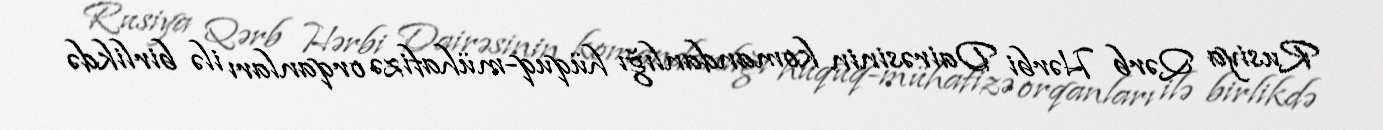
Rusiya Qərb Hərbi Dairəsinin komandanlığı hüquq-mühafizə orqanları ilə birlikdə